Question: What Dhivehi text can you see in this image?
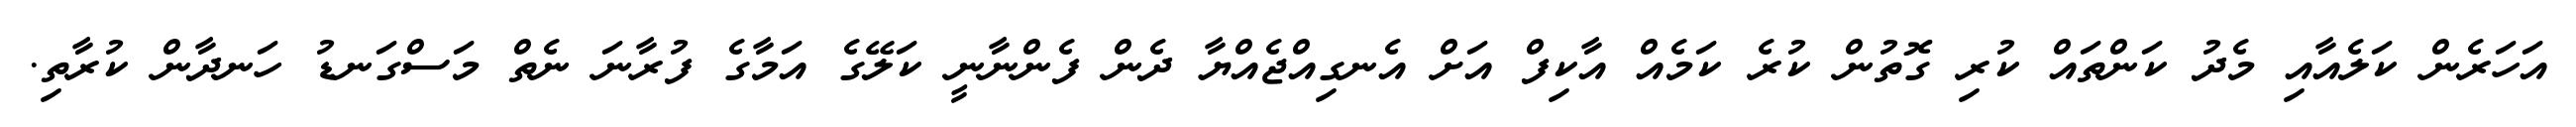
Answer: އަހަރެން ކަލެއާއި މެދު ކަންތައް ކުރި ގޮތުން ކުރެ ކަމެއް އާކިފް އަށް އެނގިއްޖެއްޔާ ދެން ފެންނާނީ ކަލޭގެ އަމާގެ ފުރާނަ ނެތް މަސްގަނޑު ހަނދާން ކުރާތި.